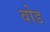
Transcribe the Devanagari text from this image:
वोड